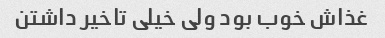
غذاش خوب بود ولی خیلی تاخیر داشتن